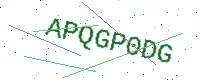
Text: APQGP0DG